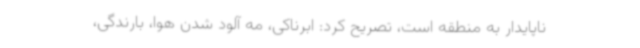
ناپایدار به منطقه است، تصریح کرد: ابرناکی، مه آلود شدن هوا، بارندگی،